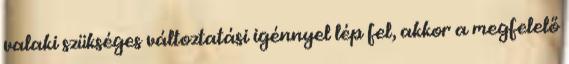
valaki szükséges változtatási igénnyel lép fel, akkor a megfelelő